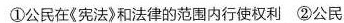
①公民在《宪法》和法律的范围内行使权利②公民